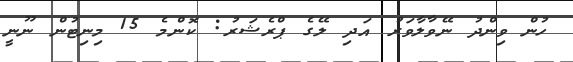
ހުން ވިންދު ނޭވާލާވަރު އަދި ލޭގެ ޕްރެޝަރު: ކޮންމެ 15 މިނިޓުން ނޫނީ